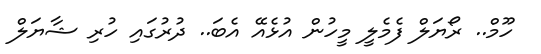
ހޫމް.. ރޯޔަލް ފެމެލީ މީހުން އުޅެއޭ އެބަ.. ދުރުގައި ހުރި ޝާޔަލް